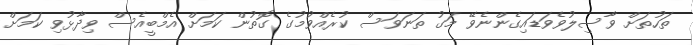
ތަހުތަށް ވާސިލުވެވަޑައިގެންނެވޭ މަގު ތަނަވަސް ކުރެއްވުމުގެ ގޮތުން ކަމަށް އެމްބީއެސް ވިދާޅުވި ކަމަށް